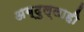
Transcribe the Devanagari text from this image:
अब्दुल्लाही